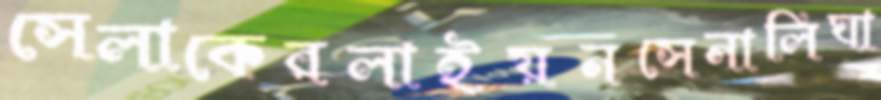
সেলাকেরলাইয়নসেনালিঘা